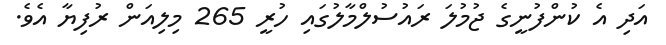
އަދި އެ ކުންފުނީގެ ޖުމުލަ ރައުސުލްމާލުގައި ހުރީ 265 މިލިއަން ރުފިޔާ އެވެ.